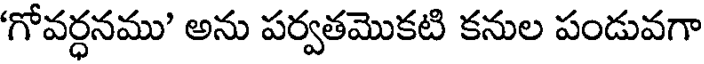
'గోవర్ధనము' అను పర్వతమొకటి కనుల పండువగా